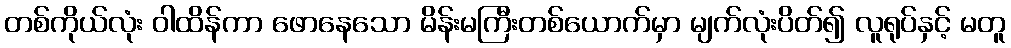
တစ်ကိုယ်လုံး ဝါထိန်ကာ ဖောနေသော မိန်းမကြီးတစ်ယောက်မှာ မျက်လုံးပိတ်၍ လူရုပ်နှင့် မတူ